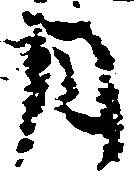
月